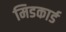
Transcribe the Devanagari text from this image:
मिडकार्ड